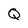
Character: Q